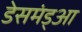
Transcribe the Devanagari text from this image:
डेसमंड्आ